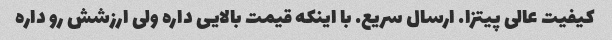
کیفیت عالی پیتزا. ارسال سریع. با اینکه قیمت بالایی داره ولی ارزشش رو داره